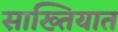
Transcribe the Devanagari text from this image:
साख्तियात